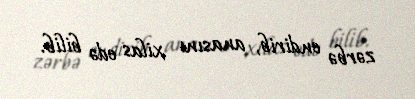
zərbə endirib, anasını xilas edə bilib.